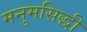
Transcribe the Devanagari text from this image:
मनुमसिद्धी